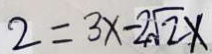
2 = 3 x - 2 \sqrt { 2 } x